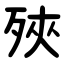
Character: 殎